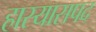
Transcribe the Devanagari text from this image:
हास्यासपद